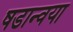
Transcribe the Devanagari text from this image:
षडान्वया